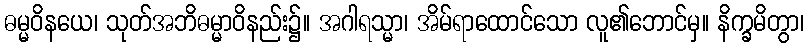
ဓမ္မဝိနယေ၊ သုတ်အဘိဓမ္မာဝိနည်း၌။ အဂါရသ္မာ၊ အိမ်ရာထောင်သော လူ၏ဘောင်မှ။ နိက္ခမိတွာ၊